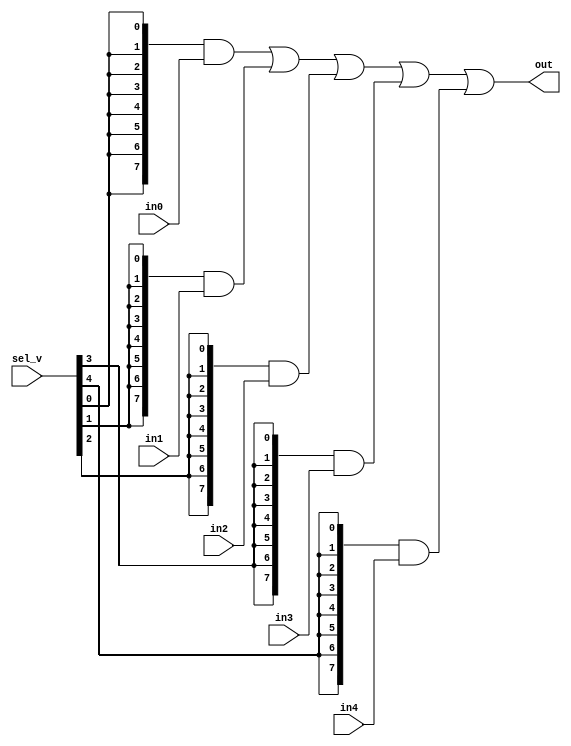
module mux5_1hot_8b(
  input  [7:0] in0, in1, in2, in3, in4,
  input  [4:0] sel_v,
  output [7:0] out
);

assign out = ({8{sel_v[0]}} & in0)
           | ({8{sel_v[1]}} & in1)
           | ({8{sel_v[2]}} & in2)
           | ({8{sel_v[3]}} & in3)
           | ({8{sel_v[4]}} & in4);

endmodule